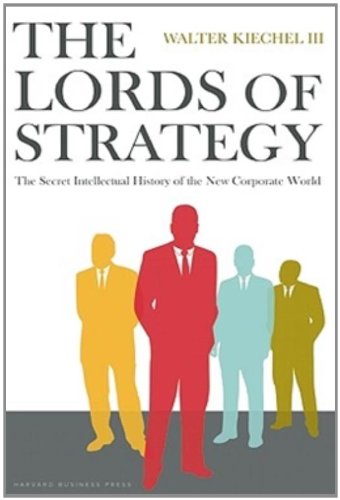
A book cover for The Lords of Strategy: The Secret Intellectual History of the New Corporate World; Walter Kiechel; Business & Money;